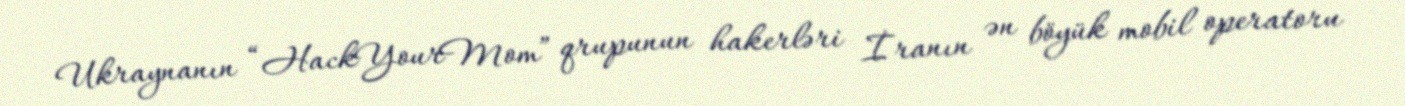
Ukraynanın “HackYourMom” qrupunun hakerləri İranın ən böyük mobil operatoru